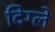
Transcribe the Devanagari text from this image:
दिग्ले